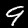
Label: 9